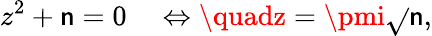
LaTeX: z^{2}+\mathsf{n}=0\quad\Leftrightarrow\quadz=\pmi{\sqrt{}{{\mathsf{n}}}},